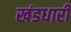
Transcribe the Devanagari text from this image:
खंडधारी